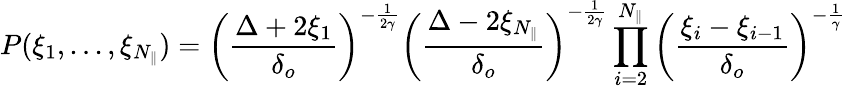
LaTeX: P(\xi_{1},...,\xi_{N_{\parallel}})=\left(\frac{\Delta+2\xi_{1}}{\delta_{o}}\right)^{-\frac{1}{2\gamma}}\left(\frac{\Delta-2\xi_{N_{\parallel}}}{\delta_{o}}\right)^{-\frac{1}{2\gamma}}\prod_{i=2}^{N_{\parallel}}\left(\frac{\xi_{i}-\xi_{i-1}}{\delta_{o}}\right)^{-\frac{1}{\gamma}}